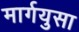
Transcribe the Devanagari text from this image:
मार्गयुसा